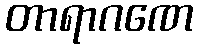
တာရာဂဏေ